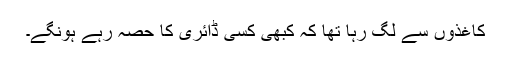
کاغذوں سے لگ رہا تھا کہ کبھی کسی ڈائری کا حصہ رہے ہونگے۔